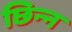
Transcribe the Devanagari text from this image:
छिन्‍न